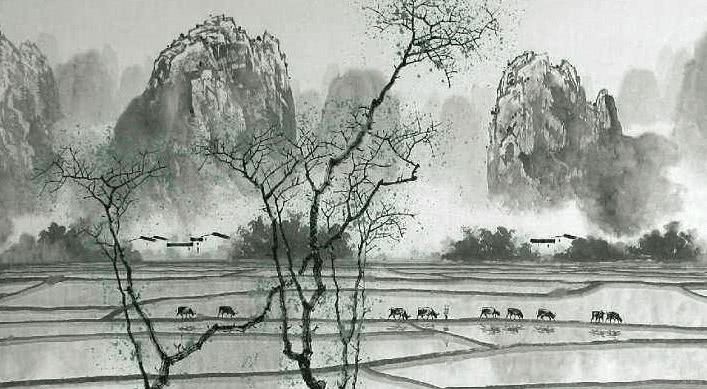
君不见管鲍贫时交，此道今人弃如土。